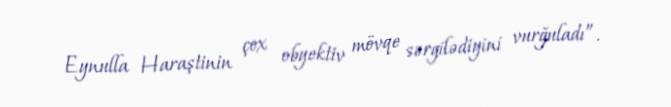
Eynulla Haraştinin çox obyektiv mövqe sərgilədiyini vurğuladı”.